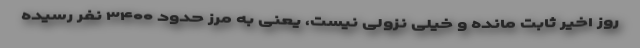
روز اخیر ثابت مانده و خیلی نزولی نیست، یعنی به مرز حدود ۳۴۰۰ نفر رسیده